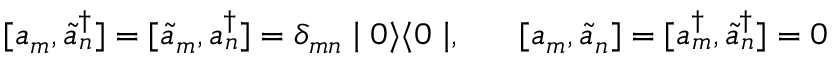
[ a _ { m } , \tilde { a } _ { n } ^ { \dagger } ] = [ \tilde { a } _ { m } , a _ { n } ^ { \dagger } ] = \delta _ { m n } \mid 0 \rangle \langle 0 \mid , \; \; \; \; \; \; [ a _ { m } , \tilde { a } _ { n } ] = [ a _ { m } ^ { \dagger } , \tilde { a } _ { n } ^ { \dagger } ] = 0